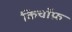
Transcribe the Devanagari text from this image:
किचॉफ़